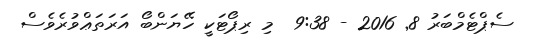
ސެޕްޓެމްބަރު 8